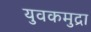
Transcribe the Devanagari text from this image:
युवकमुद्रा